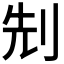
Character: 𠜎